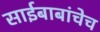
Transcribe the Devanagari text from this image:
साईबाबांचेच